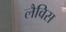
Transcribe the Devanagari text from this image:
लैविस